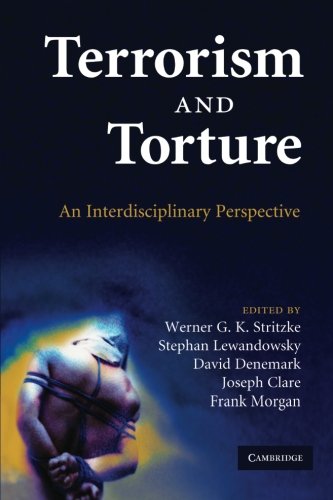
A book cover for Terrorism and Torture: An Interdisciplinary Perspective; Medical Books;